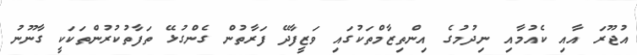
އުޖޫރަ އާއި ކެއުމާއި ނިދުމުގެ އިންތިޒާމްތަކުގައި ވަޒީފާދޭ ފަރާތުން ގެންގުޅޭ ތަފާތުކުރުންތަކަކީ ގާނޫނު